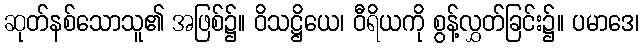
ဆုတ်နစ်သောသူ၏ အဖြစ်၌။ ဝိသဋ္ဌိယေ၊ ဝီရိယကို စွန့်လွှတ်ခြင်း၌။ ပမာဒေ၊